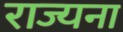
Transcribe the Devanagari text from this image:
राज्यना